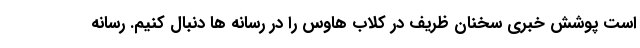
است پوشش خبری سخنان ظریف در کلاب هاوس را در رسانه ها دنبال کنیم. رسانه